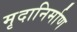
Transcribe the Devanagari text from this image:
मृदानिर्माण